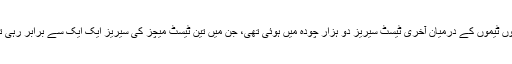
دونوں ٹیموں کے درمیان آخری ٹیسٹ سیریز دو ہزار چودہ میں ہوئی تھی، جن میں تین ٹیسٹ میچز کی سیریز ایک ایک سے برابر رہی تھی۔